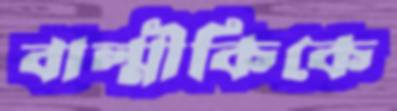
বাল্মীকিকে